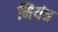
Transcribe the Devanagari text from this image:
नियंत्र